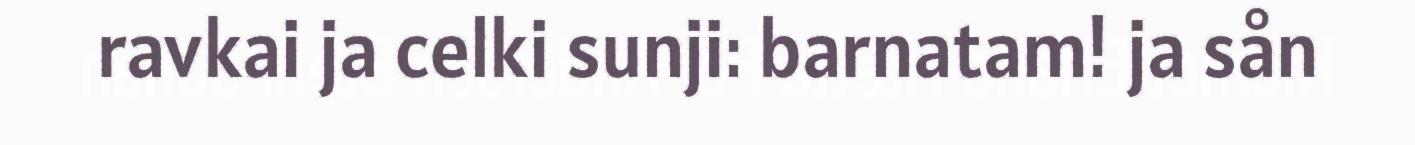
ravkai ja celki sunji: barnatam! ja sån